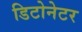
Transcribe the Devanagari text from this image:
डिटोनेटर